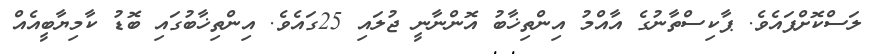
ލަސްކޮށްފައެވެ. ޕާކިސްތާނުގެ އާއްމު އިންތިޚާބު އޮންނާނީ ޖުލައި 25ގައެވެ. އިންތިޚާބުގައި ބޮޑު ކާމިޔާބީއެއް